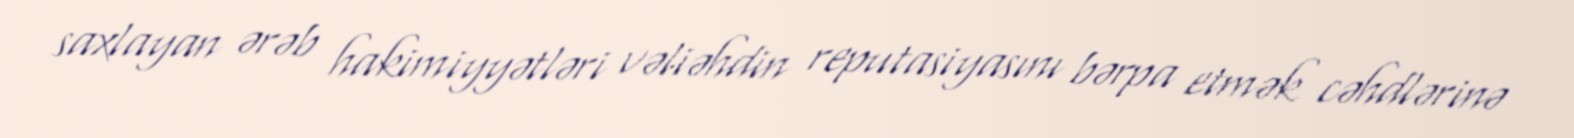
saxlayan ərəb hakimiyyətləri vəliəhdin reputasiyasını bərpa etmək cəhdlərinə